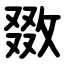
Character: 敪